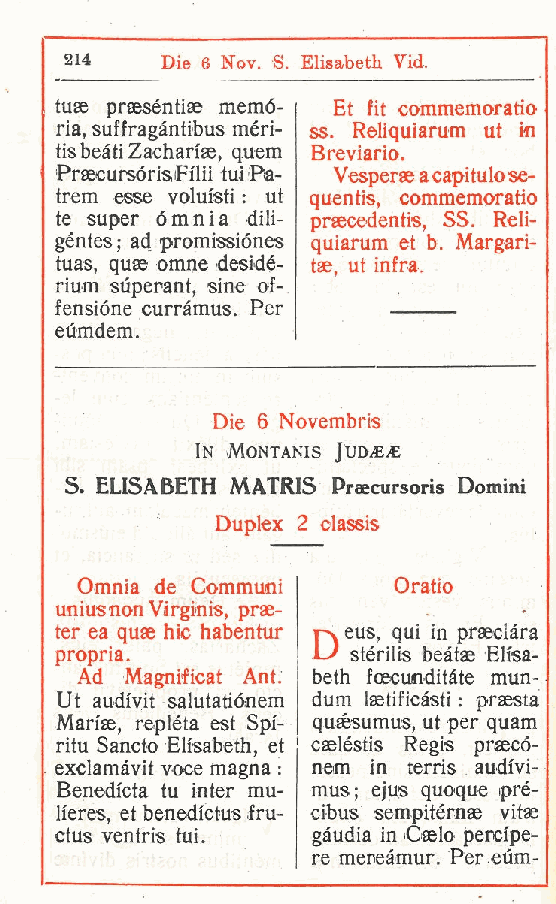
214    Die 6 Nov. S. Elisabeth Vid.
 tuse praeséntiae memò- Et fit commemoratio
 ria, suffragàntibus men- ss. Reliquiarum ut in
 tis beati Zachariae, quem Breviario.
 PrsecursóristFflii tui Pa- Vesperae acapitulose-
 trem esse voluisti : ut quentis, commemoratio
 te super omnia dili- prsecedentis, SS. Reli-
 géntes; ad promissiónes quiarum et b. Margari-
 tuas, quae omne desidé- tse, ut infra.
 rium sùperant sine of-
 ,
 fensióne curràmus. Per
 eùmdem.
 Die 6 Novembris
 In Montanis Jud e
 S ELISABETH MATRIS Preecursoris Domini
 .
 Duplex 2 classis
 Omnia de Communi     O ratio
 uniusnon Virginis, prae-
 ter ea quae hic habentur v eus, qui in praeciàra
 p
 LJ stérilis beàtae Elisa-
 propria.
 Ad Magnificat Ant. beth faecunditàte mun-
 Ut audivit salutatiónem dum laetificàsti : praesta
 Maiae, repléta est Spf- quaésumus, ut per quam
 ritu Sancto Elisabeth, et caeléstis Regis prsecó-
 exclamàvit voce magna : nem in terris audivi-
 Benedicta tu inter mu- mus; ejus quoque pré-
 lieres, et benedictus fru- cibus sempitérnae vitae
 ctus ventris tui. gàudia in Caelo percipe-
 re mereàmur. Per eum-
 r